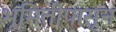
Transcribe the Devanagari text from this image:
भूमितीपासून